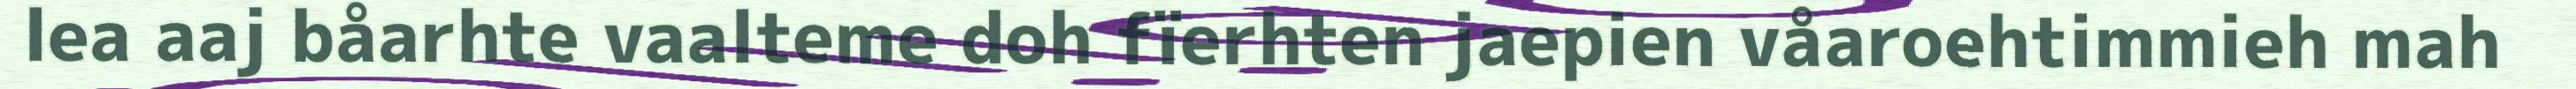
lea aaj båarhte vaalteme doh fïerhten jaepien våaroehtimmieh mah